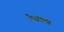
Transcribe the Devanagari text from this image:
गेछाला